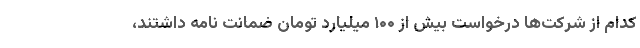
کدام از شرکت‌ها درخواست بیش از ۱۰۰ میلیارد تومان ضمانت نامه داشتند،